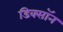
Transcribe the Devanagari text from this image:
डिक्साॅन